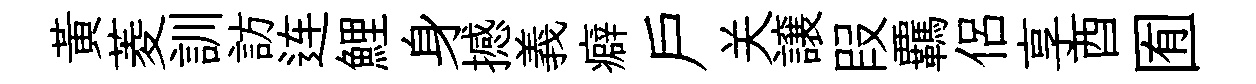
黃菱訓訪连鯉身撼義癖户关譲叚覊侶享酉囿